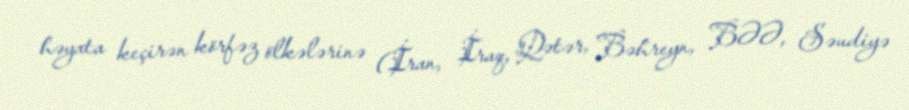
həyata keçirən körfəz ölkələrinə (İran, İraq, Qətər, Bəhreyn, BƏƏ, Səudiyə